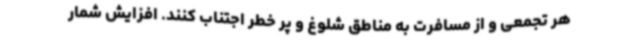
هر تجمعی و از مسافرت به مناطق شلوغ و پر خطر اجتناب کنند. افزایش شمار